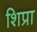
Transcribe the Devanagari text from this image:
शिप्रा